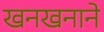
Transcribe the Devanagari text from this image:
खनखनाने